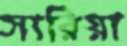
সারিয়া